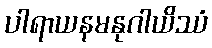
ပါရာယနမနုဂါယိဿံ